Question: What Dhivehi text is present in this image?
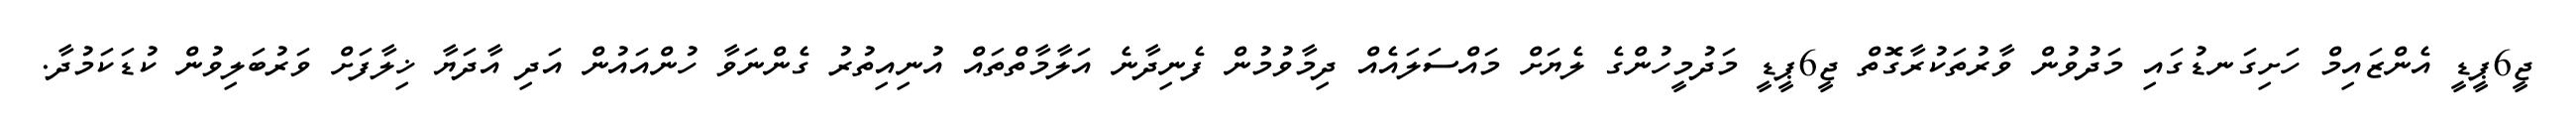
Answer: ޖީ6ޕީޑީ އެންޒައިމް ހަށިގަނޑުގައި މަދުވުން ވާރުތަކުރާގޮތް ޖީ6ޕީޑީ މަދުމީހުންގެ ލެޔަށް މައްސަލައެއް ދިމާވުމުން ފެނިދާނެ އަލާމާތްތައް އުނިއިތުރު ގެންނަވާ ހުންއައުން އަދި އާދަޔާ ޚިލާފަށް ވަރުބަލިވުން ކުޑަކަމުދާ.